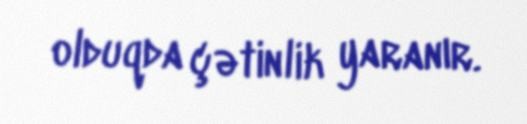
olduqda çətinlik yaranır.